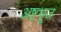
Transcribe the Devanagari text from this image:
अष्टभूज